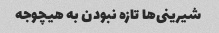
شیرینی‌ها تازه نبودن به هیچوجه